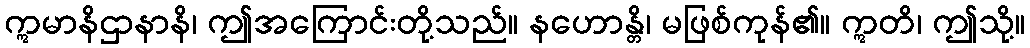
ဣမာနိဌာနာနိ၊ ဤအကြောင်းတို့သည်။ နဟောန္တိ၊ မဖြစ်ကုန်၏။ ဣတိ၊ ဤသို့။